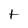
Character: t